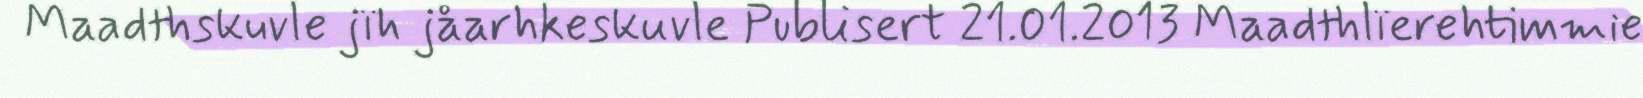
Maadthskuvle jïh jåarhkeskuvle Publisert 21.01.2013 Maadthlïerehtimmie